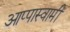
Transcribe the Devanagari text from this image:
आप्पास्वामीं